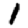
Digit: 1